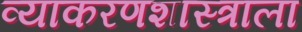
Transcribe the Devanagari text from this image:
व्याकरणशास्त्राला